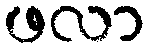
ဖလာ